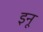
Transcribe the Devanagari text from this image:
इनू